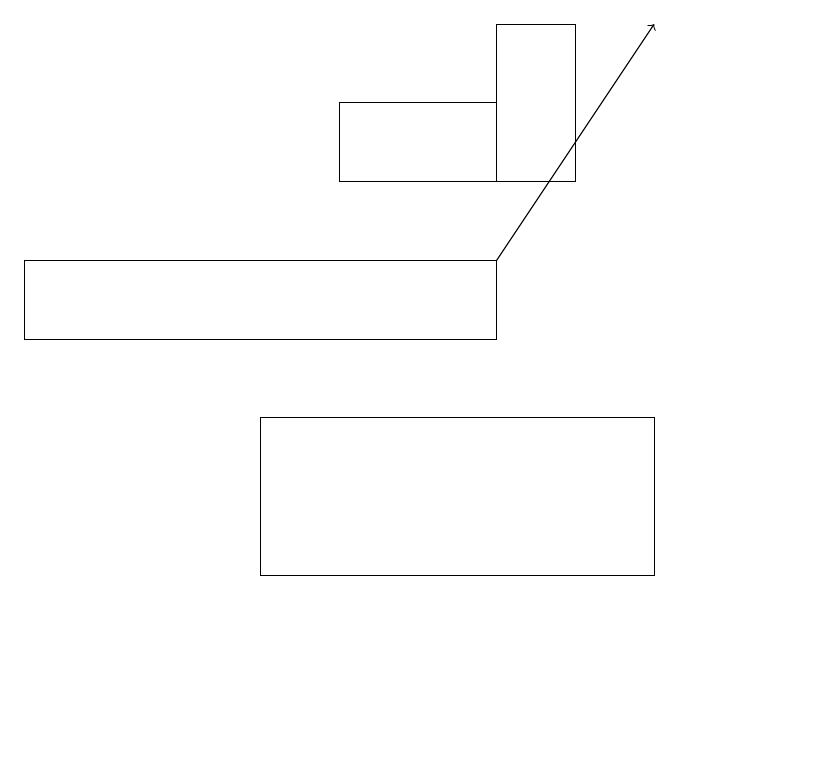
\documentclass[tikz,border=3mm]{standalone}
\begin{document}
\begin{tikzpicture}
\draw (10,10) circle (0);
\draw[->] (6,16) -- (8,19);
\draw (0,15) rectangle (6,16);
\draw (3,14) rectangle (8,12);
\draw (6,17) rectangle (7,19);
\draw (6,18) rectangle (4,17);
\draw (10,11) circle (0);
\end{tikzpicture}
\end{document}